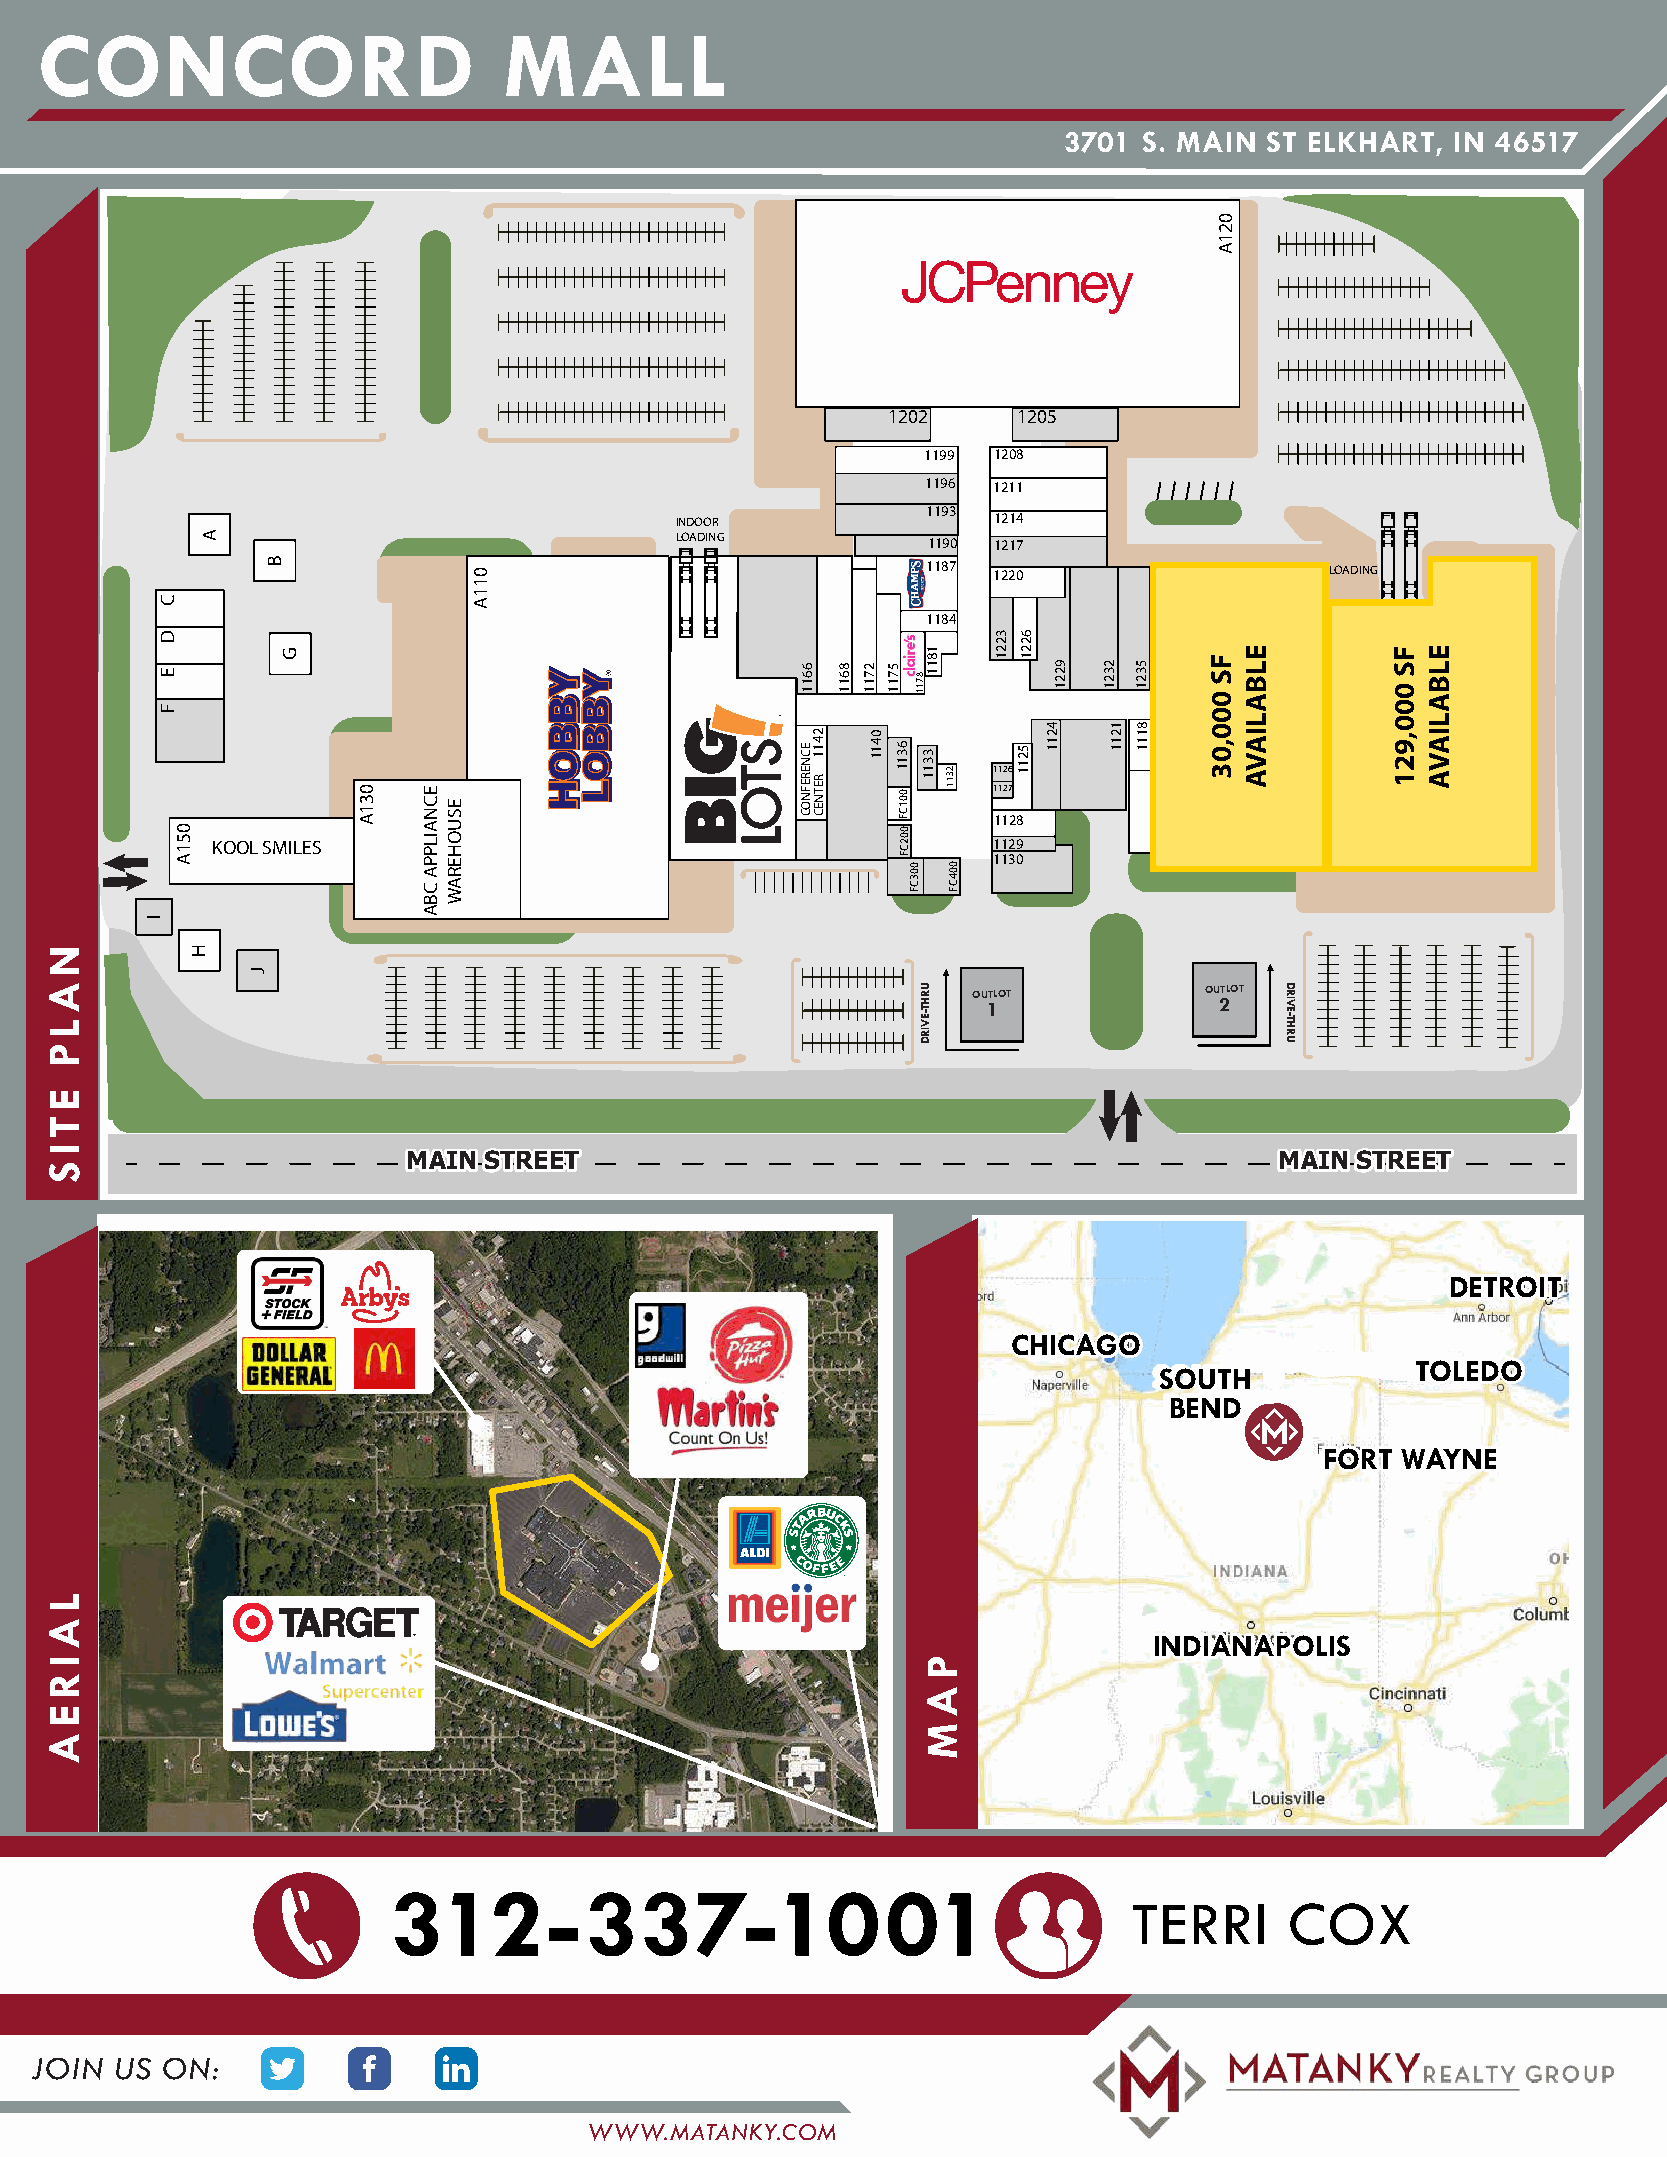
CONCORD                        MALL
 3701  S. MAIN ST ELKHART, IN 46517
 1202    1205
 1199 1208
 1196 1211
 1193
 INDOOR               1214
 LOADING         1190 1217
 1187 1220                  LOADING
 1184
 1126
 1127
 1128
 KOOL SMILES                                         1129
 1130
 OUTLOT          OUTLOT
 1               2
 MAIN STREET                                               MAIN STREET
 DDEETTRROOIITT
 CCHHIICCAAGGOO
 TTOOLLEEDDOO
 SSOOUUTTHH
 BBEENNDD
 FFOORRTT WWAAYYNNEE
 IINNDDIIAANNAAPPOOLLIISS
 312-337-1001
 TERRI     COX
 JOIN  US ON:
 WWW.MATANKY.COM
 NALP
 ETIS
 LAIREA
 I
 C
 D
 E
 F
 051A
 H
 A
 J
 B
 G
 031A ECNAILPPA
 CBA
 ESUOHERAW
 011A
 6611
 ECNEREFNOC
 2411
 RETNEC
 8611 2711
 0411
 5711
 6311
 001CF
 002CF
 003CF
 18118711
 3311
 URHT-EVIRD
 PAM
 2311
 004CF
 3221 6221
 5211
 4211
 9221 2321
 1211
 5321
 8111 5111 2101
 F14S21
 000,03
 021A
 9001
 E4L42B1ALIAVA
 6001
 5001
 DRIVE-THRU
 05-7421 FS
 000,921
 ELBALIAVA